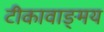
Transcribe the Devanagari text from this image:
टीकावाङ्मय